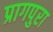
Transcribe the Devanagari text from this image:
प्रागपुरा